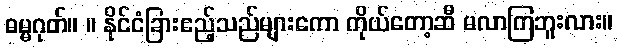
ဓမ္မဂုတ်။ ။ နိုင်ငံခြားဧည့်သည်များကော ကိုယ်တော့ဆီ မလာကြဘူးလား။